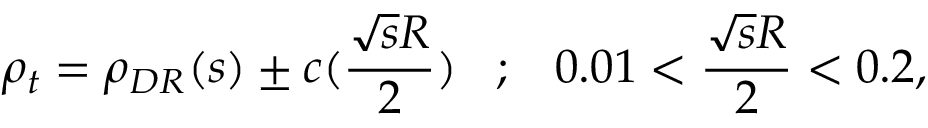
\rho _ { t } = \rho _ { D R } ( s ) \pm c ( \frac { \sqrt { s } R } { 2 } ) \; \; \; ; \; \; \; 0 . 0 1 < \frac { \sqrt { s } R } { 2 } < 0 . 2 ,